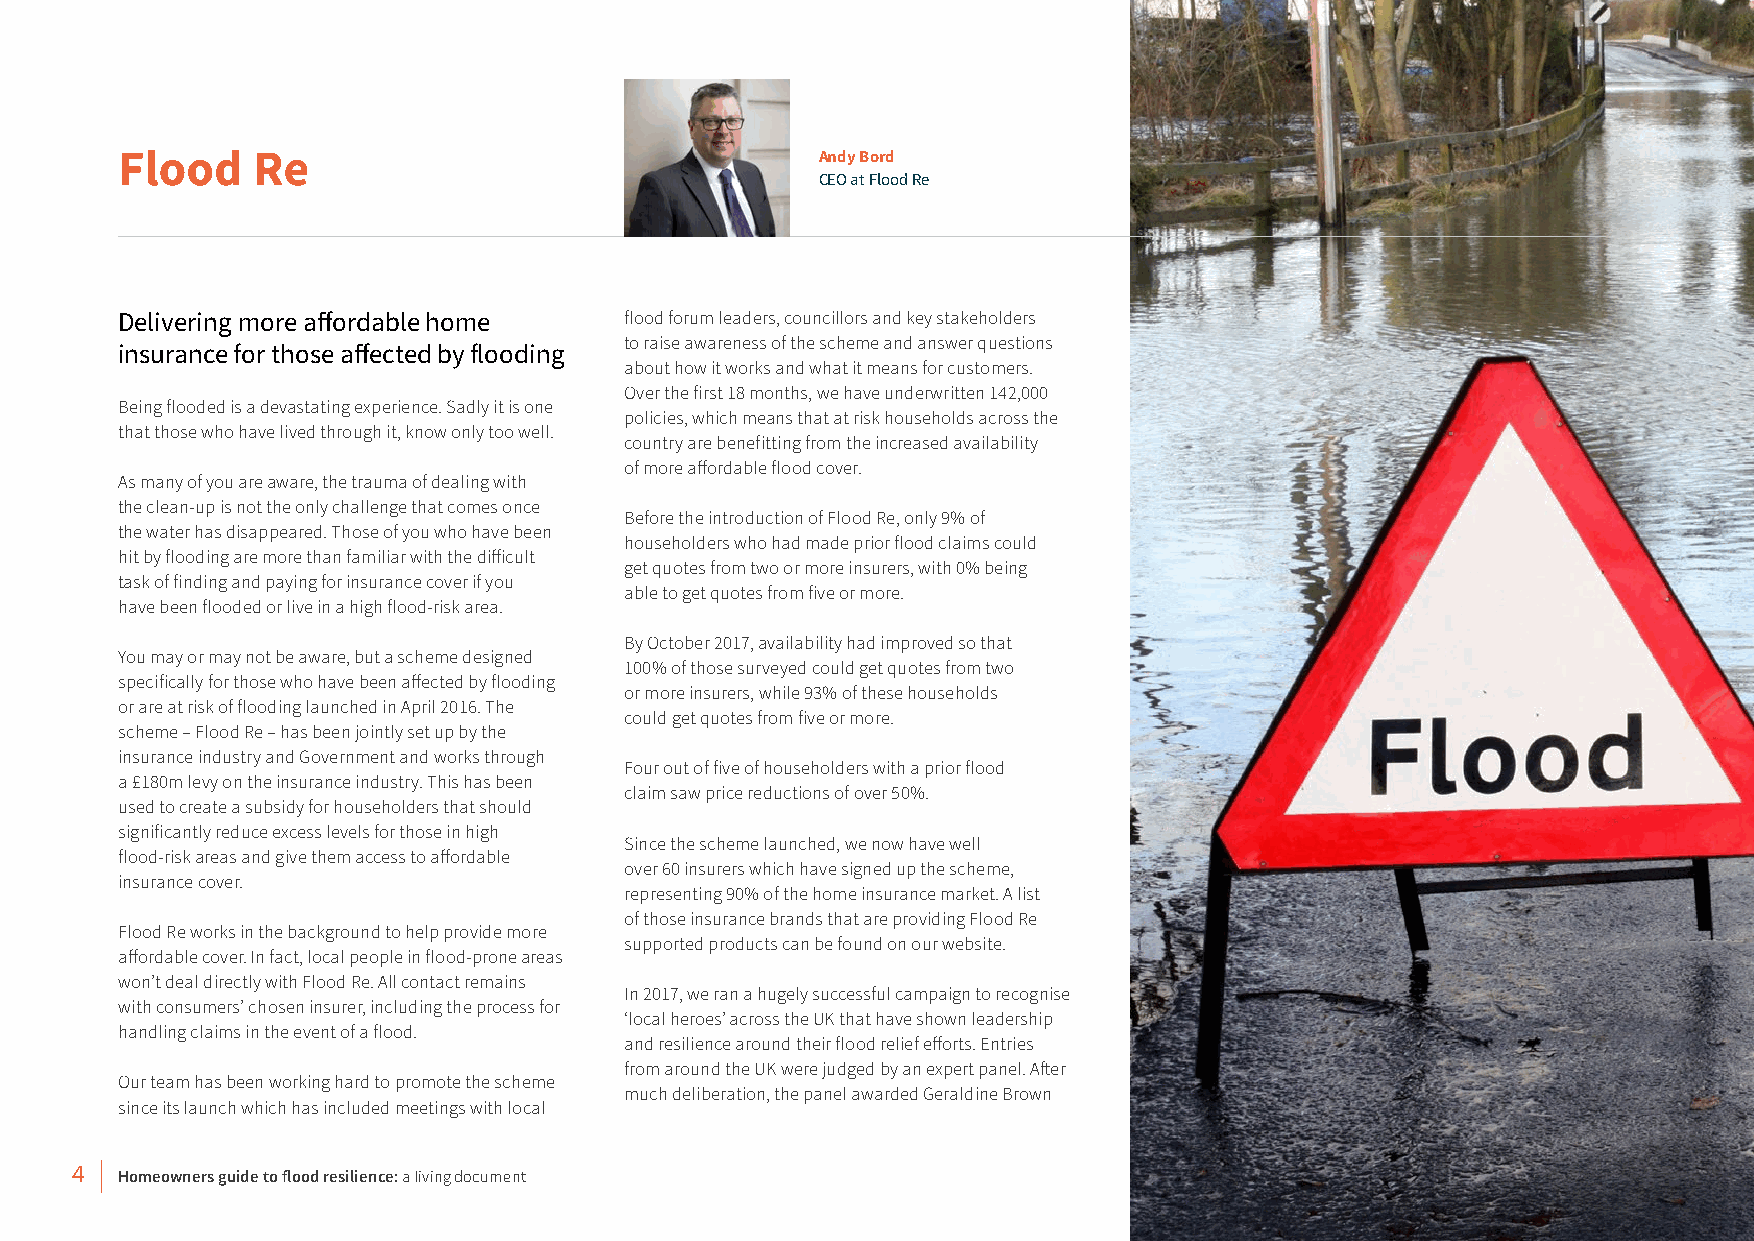
Flood    Re                                   Andy Bord
 CEO at Flood Re
 Delivering more affordable home  flood forum leaders, councillors and key stakeholders
 to raise awareness of the scheme and answer questions
 insurance for those affected by flooding
 about how it works and what it means for customers.
 Over the first 18 months, we have underwritten 142,000
 Being flooded is a devastating experience. Sadly it is one
 policies, which means that at risk households across the
 that those who have lived through it, know only too well.
 country are benefitting from the increased availability
 of more affordable flood cover.
 As many of you are aware, the trauma of dealing with
 the clean-up is not the only challenge that comes once
 Before the introduction of Flood Re, only 9% of
 the water has disappeared. Those of you who have been
 householders who had made prior flood claims could
 hit by flooding are more than familiar with the difficult
 get quotes from two or more insurers, with 0% being
 task of finding and paying for insurance cover if you
 able to get quotes from five or more.
 have been flooded or live in a high flood-risk area.
 By October 2017, availability had improved so that
 You may or may not be aware, but a scheme designed
 100% of those surveyed could get quotes from two
 specifically for those who have been affected by flooding
 or more insurers, while 93% of these households
 or are at risk of flooding launched in April 2016. The
 could get quotes from five or more.
 scheme – Flood Re – has been jointly set up by the
 insurance industry and Government and works through
 Four out of five of householders with a prior flood
 a £180m levy on the insurance industry. This has been
 claim saw price reductions of over 50%.
 used to create a subsidy for householders that should
 significantly reduce excess levels for those in high
 Since the scheme launched, we now have well
 flood-risk areas and give them access to affordable
 over 60 insurers which have signed up the scheme,
 insurance cover.
 representing 90% of the home insurance market. A list
 of those insurance brands that are providing Flood Re
 Flood Re works in the background to help provide more
 supported products can be found on our website.
 affordable cover. In fact, local people in flood-prone areas
 won’t deal directly with Flood Re. All contact remains
 In 2017, we ran a hugely successful campaign to recognise
 with consumers’ chosen insurer, including the process for
 ‘local heroes’ across the UK that have shown leadership
 handling claims in the event of a flood.
 and resilience around their flood relief efforts. Entries
 from around the UK were judged by an expert panel. After
 Our team has been working hard to promote the scheme
 much deliberation, the panel awarded Geraldine Brown
 since its launch which has included meetings with local
 4  Homeowners guide to flood resilience: a living document